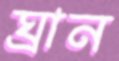
ঘ্রান